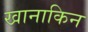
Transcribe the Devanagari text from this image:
खानाकिन